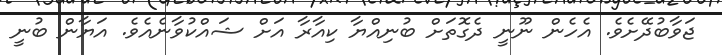
ޖަވާބުދޭށެވެ. އެހެން ނޫނީ ދެގޮތަށް ބުނިއްޔާ ކިއާރާ އަށް ޝައްކުވާނެއެވެ. އަޔާން ބުނީ